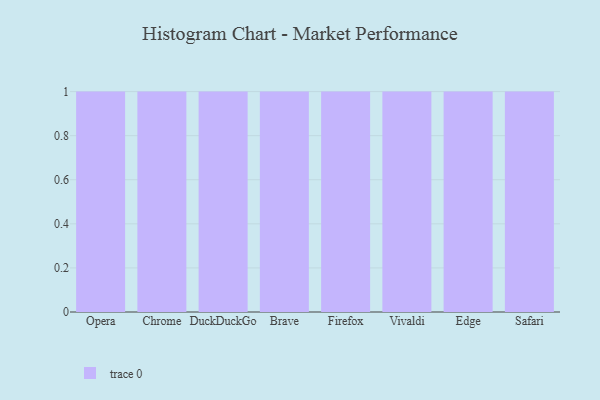
{"axis": {"x": "Browser", "y": "Website Visitors"}, "legend": [""], "data": [{"x": "Opera", "y": 13, "type": ""}, {"x": "Chrome", "y": 64, "type": ""}, {"x": "DuckDuckGo", "y": 30, "type": ""}, {"x": "Brave", "y": 61, "type": ""}, {"x": "Firefox", "y": 29, "type": ""}, {"x": "Vivaldi", "y": 27, "type": ""}, {"x": "Edge", "y": 1, "type": ""}, {"x": "Safari", "y": 20, "type": ""}]}